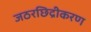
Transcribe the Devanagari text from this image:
जठरछिद्रीकरण